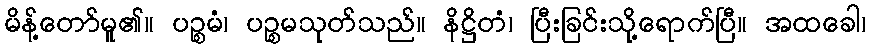
မိန့်တော်မူ၏။ ပဉ္စမံ၊ ပဉ္စမသုတ်သည်။ နိဋ္ဌိတံ၊ ပြီးခြင်းသို့ရောက်ပြီ။ အထခေါ၊